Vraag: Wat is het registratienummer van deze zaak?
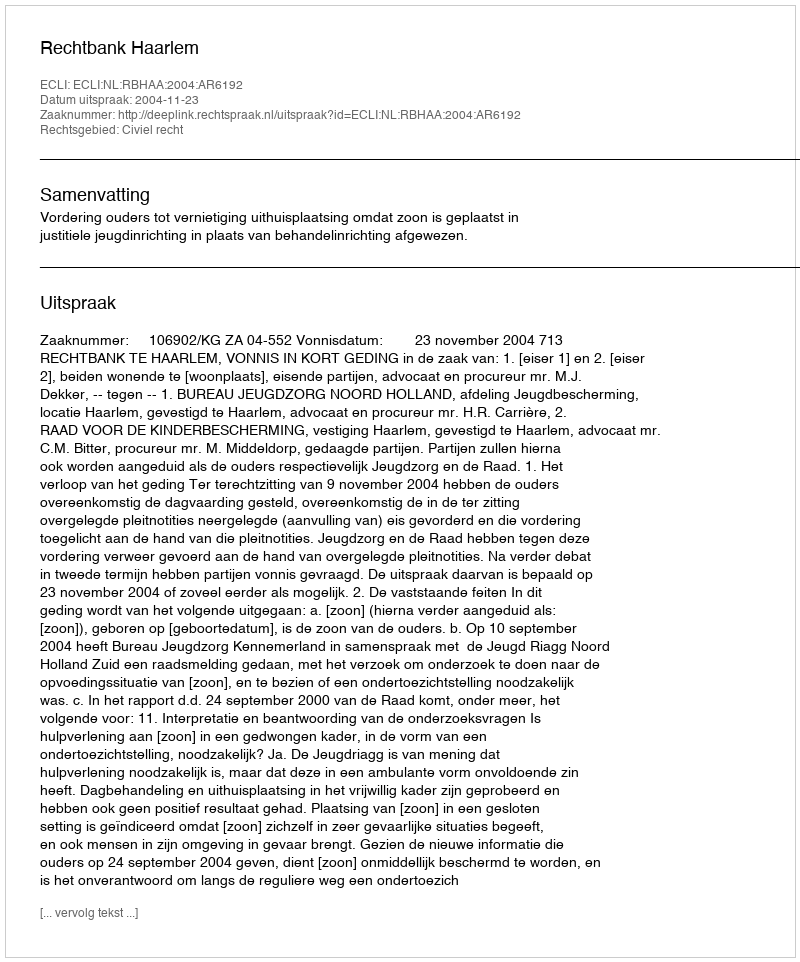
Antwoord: http://deeplink.rechtspraak.nl/uitspraak?id=ECLI:NL:RBHAA:2004:AR6192